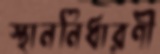
স্থাননির্ধারণী